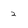
Character: 2